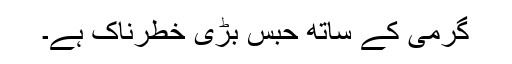
گرمی کے ساتھ حبس بڑی خطرناک ہے۔